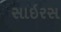
સાઇરસ